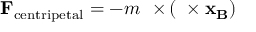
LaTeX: \mathbf { F } _ { \mathrm { c e n t r i p e t a l } } = - m \mathbf { \Omega \ \times } \left( \mathbf { \Omega \times x _ { B } } \right)